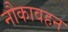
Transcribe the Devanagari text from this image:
नौकावहन